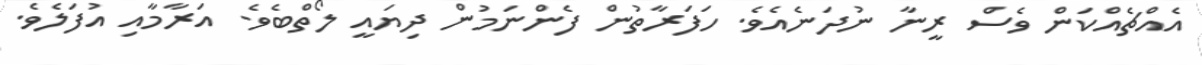
އެއްޗެއްކަން ވެސް ރީނާ ނުދަނެއެވެ. ހަފަރާތުން ފެންނަމުން ދިޔައީ ލޯތްބެވެ. އަރާމާއި އުފަލެވެ.